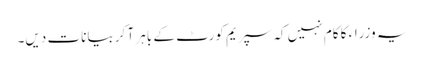
یہ وزراء کا کام نہیں کہ سپریم کورٹ کے باہر آ کر بیانات دیں۔